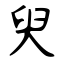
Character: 臾